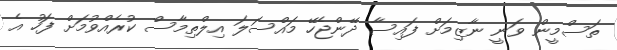
ތަސްމީން ވަނީ ނާޒިމަށް ފައިސާ ދޭންޖެހޭ މައްސަލަ އިލްތިމާސް ކުރެއްވުމަށް ފަހު އެ